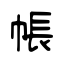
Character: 帳